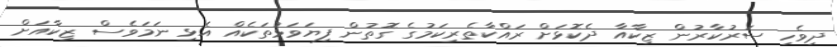
ދިވެހި ސަރުކާރުން ޒިކާއާ ދެކޮޅަށް ރައްކާތެރިކަމުގެ ގޮތުން ފިޔަވަޅުތަކެއް އެޅި ނަމަވެސް ޒިކާއަށް